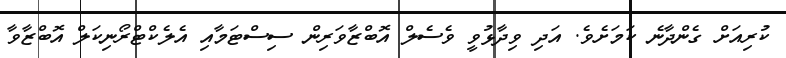
ކުރިއަށް ގެންދާނެ ކަމަށެވެ. އަދި ވިދާޅުވީ ވެސެލް އޮބްޒާވަރިން ސިސްޓަމާއި އެލެކްޓްރޯނިކަލް އޮބްޒާވާ